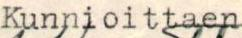
Kunnioittaen